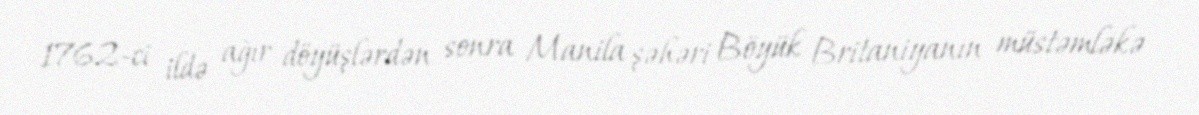
1762-ci ildə ağır döyüşlərdən sonra Manila şəhəri Böyük Britaniyanın müstəmləkə